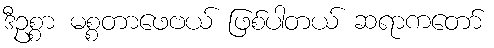
ဒီဥစ္စာ မစ္စတာဖေဗယ် ဖြစ်ပါတယ် ဆရာကတော်